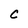
Character: c